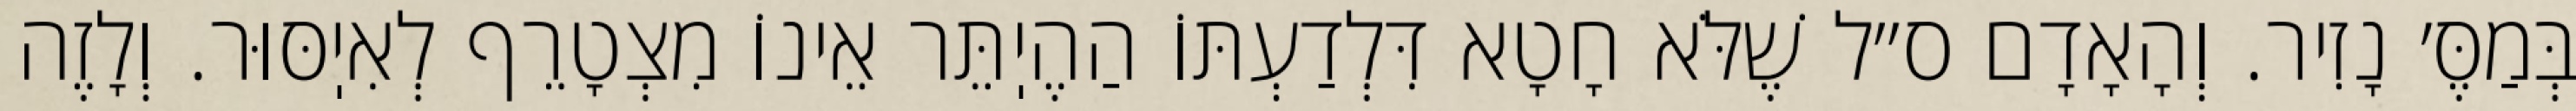
בְּמַסֶּ׳ נָזִיר. וְהָאָדָם ס״ל שֶׁלֹּא חָטָא דִּלְדַעְתּוֹ הַהֶיֽתֵּר אֵינוֹ מִצְטָרֵף לְאִיֽסּוּר. וְלָזֶה